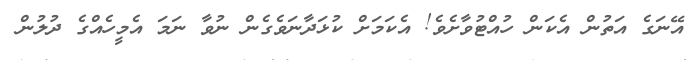
އޭނަގެ އަތުން އެކަން ހުއްޓުވާށެވެ! އެކަމަށް ކުޅަދާނަވެގެން ނުވާ ނަމަ އެމީހެއްގެ ދުލުން